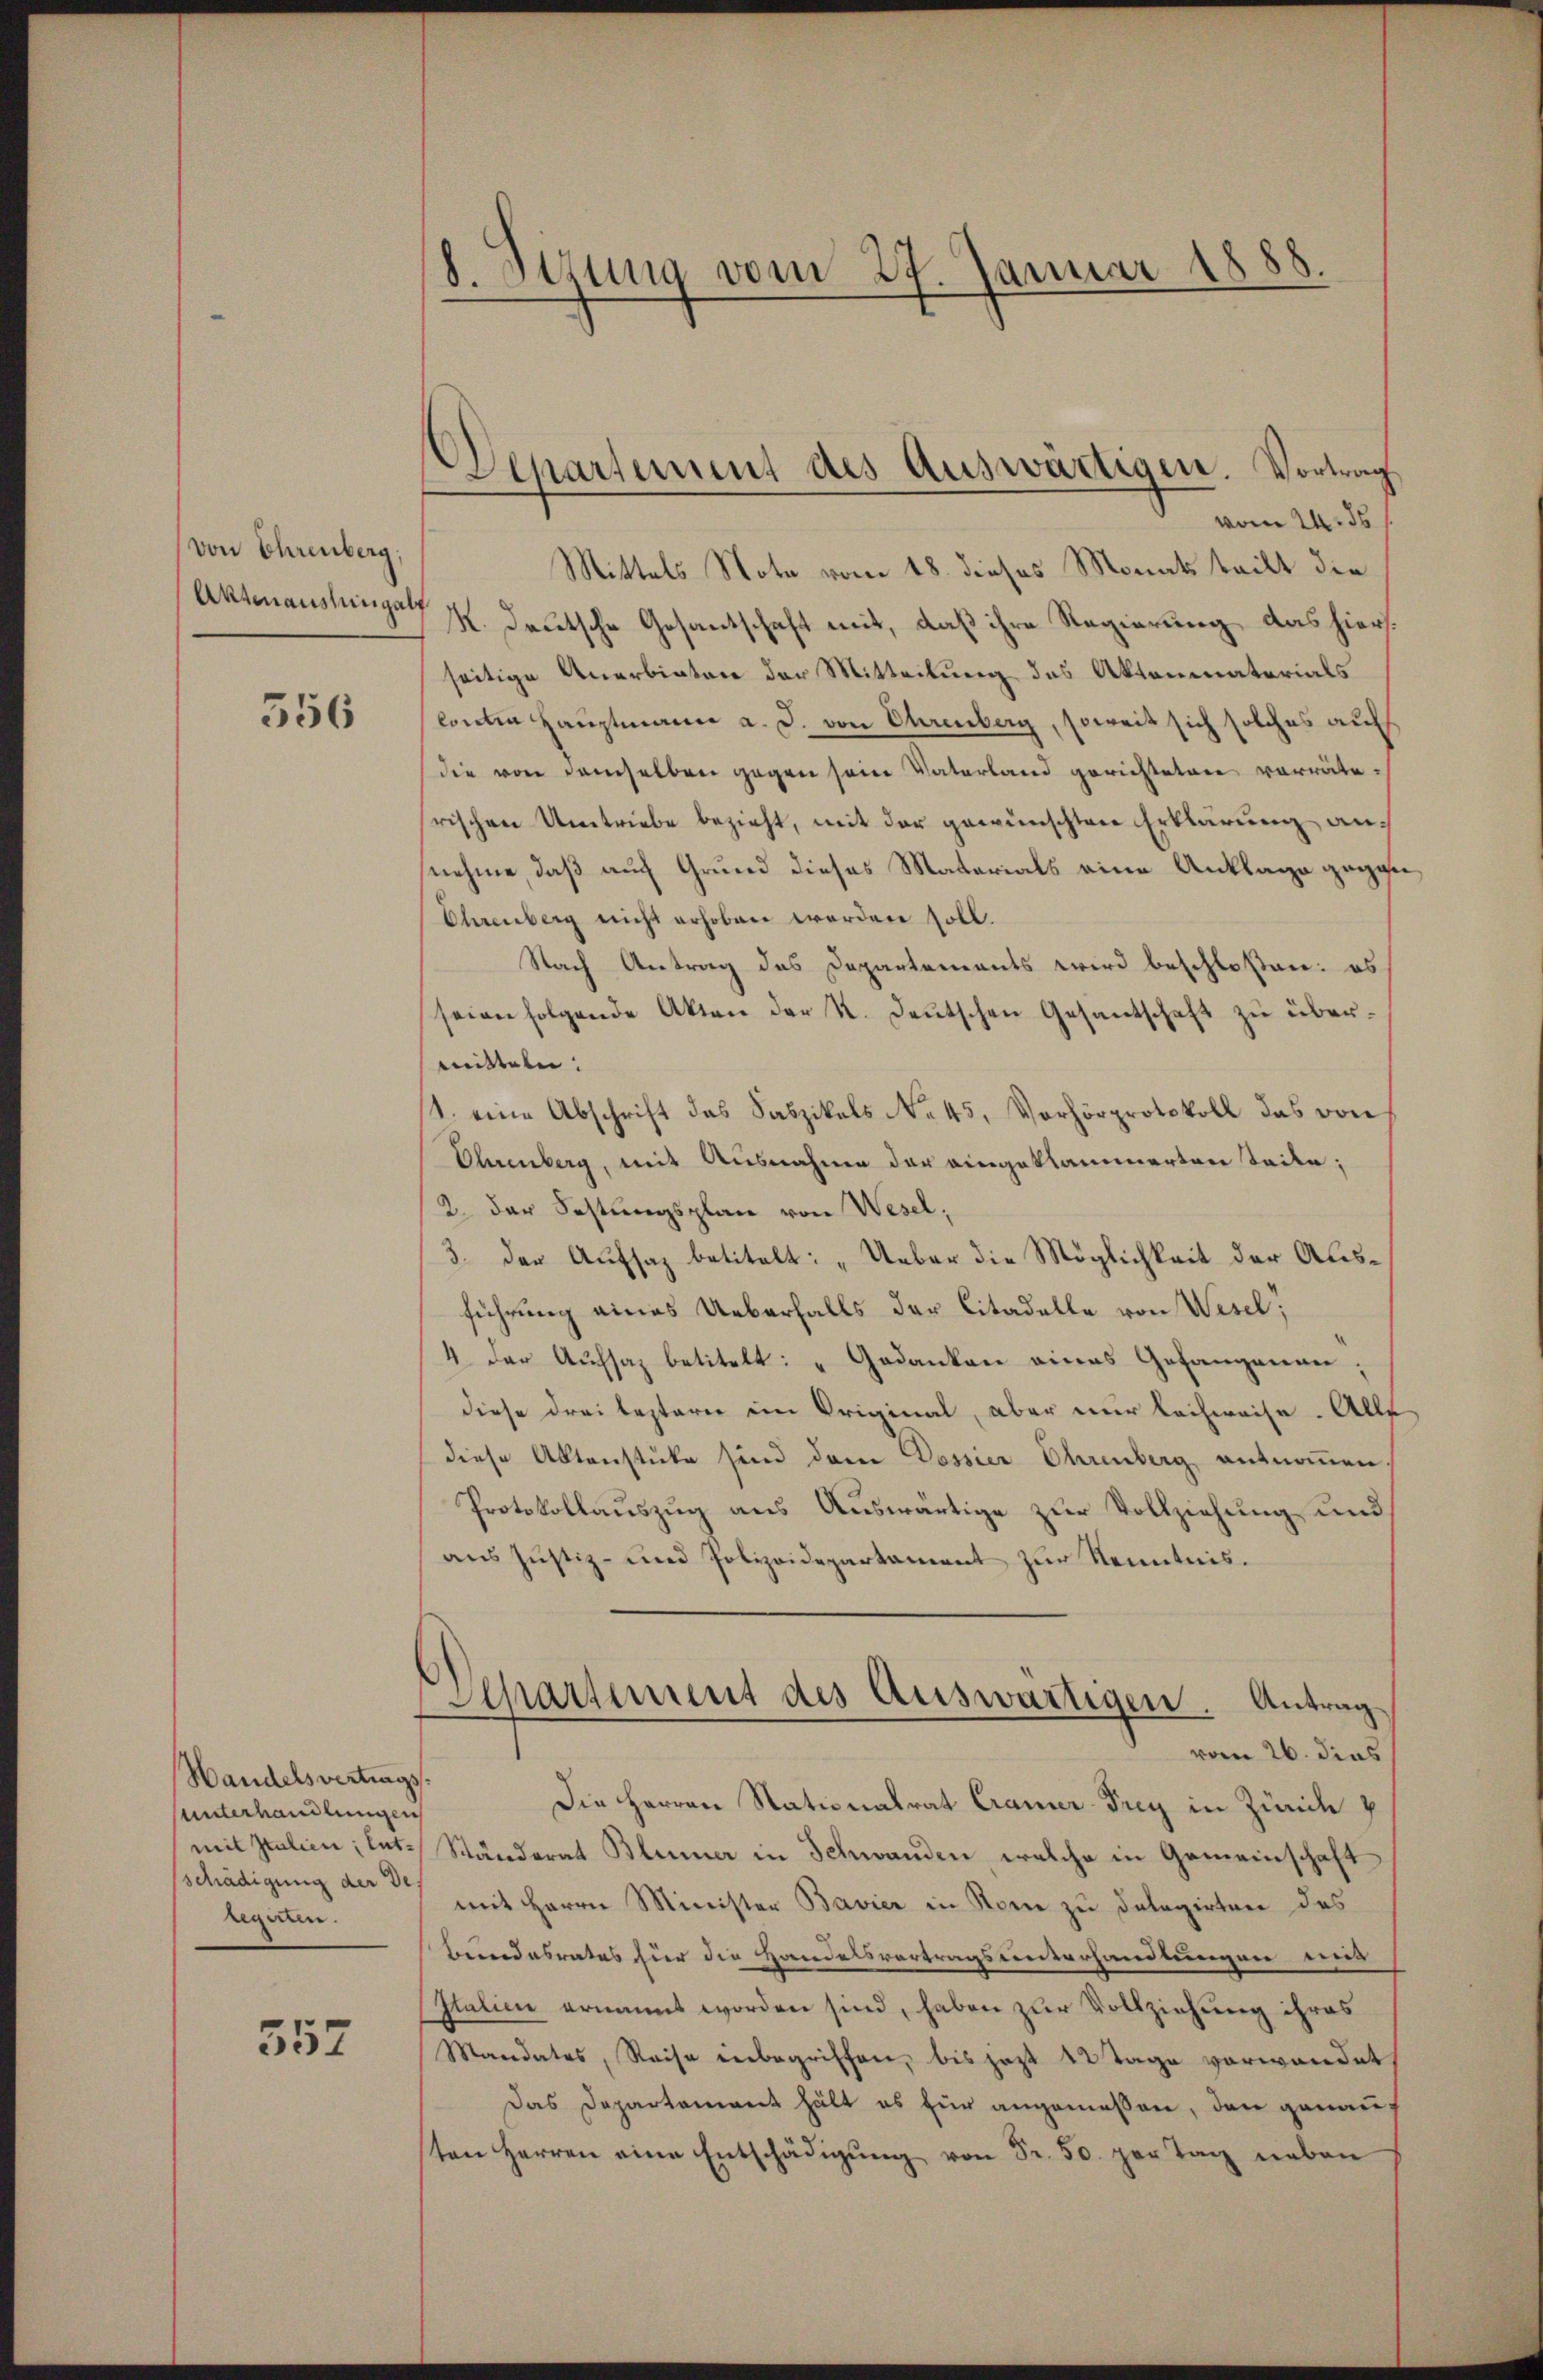
von Ehrenberg,
Aktenaushingalp

556

Handelsvertrags
unterhandlungen
mit Italien; Entschädigung der Delegalen.

557

8. Sizung vom 27. Januar 1888

Departement des Auswartigen. Vortrag,
vom 24. ds.

Mittels Note vom 18. dieses Monats teilt die
K. Deutsche Gesantschaft mit, daß ihre Regierung, das hierseitige Anerbieten der Mitteilung des Aktenmaterials
lontin Hauptmann a. d. von Ehrenberg, soweit sich solches aufs
die von demselben gegen seine Vaterland gerichteten vorräterischen Umtriebe bezieht, mit der gewünschten Erklärung annehme, daß auch Grund dieses Materials eine Anklage gegen
Ehrenberg nicht erhoben worden soll.
Nach Antrag des Departements wird beschloßen: es
seien folgende Akten der K. deŭtschen Gesantschaft zŭ über-
mitteln:
1. eine Abschrift das Saszikels No 45, Verhörprotokoll das von
Ohrenberg, mit Ausnahme der eingeklammerten Seite;
12. der Festungsplan von Wesel;
3. der Aufsatz betitelt: „Ueber die Möglichkeit der Ausführung eines Ueberfalls der Citadelle von Wesel;
4. der Aufsaz betitelt: „Gedanken eines Gefangenau,
diese drei besterer im Original, aber nur leihweise. Alle
diese Aktenstücke sind dem Dossier Ehrenberg entnommen,
Protokollauszug aus Auswärtige zur Vollziehung und
aus Justiz- und Polizeidepartament zur Kenntnis.
Separtement des Auswärtigen. Antrag
vom 26. dies
Die Herren Nationalrat Cramer Frey in Zürich p
Ständerat Blümer in Schwanden, welche in Gemeinschaft
mit Herrn Minister Bavier in Sonne zu Delegirten des
Bundesrates hier die Handelsvertragsunterhandlungen und
Italien ernannt worden sind, haben zur Vollziehung ihres
Mandates, Reise unbegriffen, bis jetzt 12 Tage verwandet
Das Departement hält es für angemeßen, den genauf
ten Herren eine Entschädigŭng von Fr. 50. per Tag neben